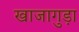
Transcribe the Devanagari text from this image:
खाजागुड़ा